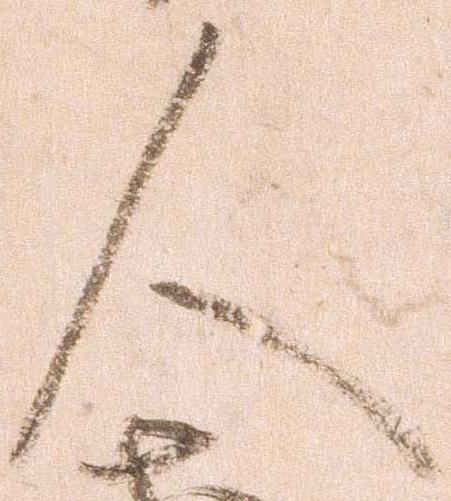
人